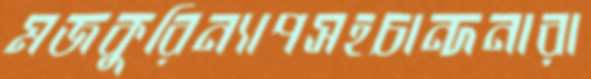
মজকুরিন্যাপসহচান্দনারা